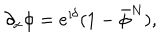
LaTeX: \partial _ { x } \phi = { \mathrm e } ^ { \imath \delta } ( 1 - \bar { \phi } ^ { N } ) ,